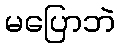
မပြောဘဲ